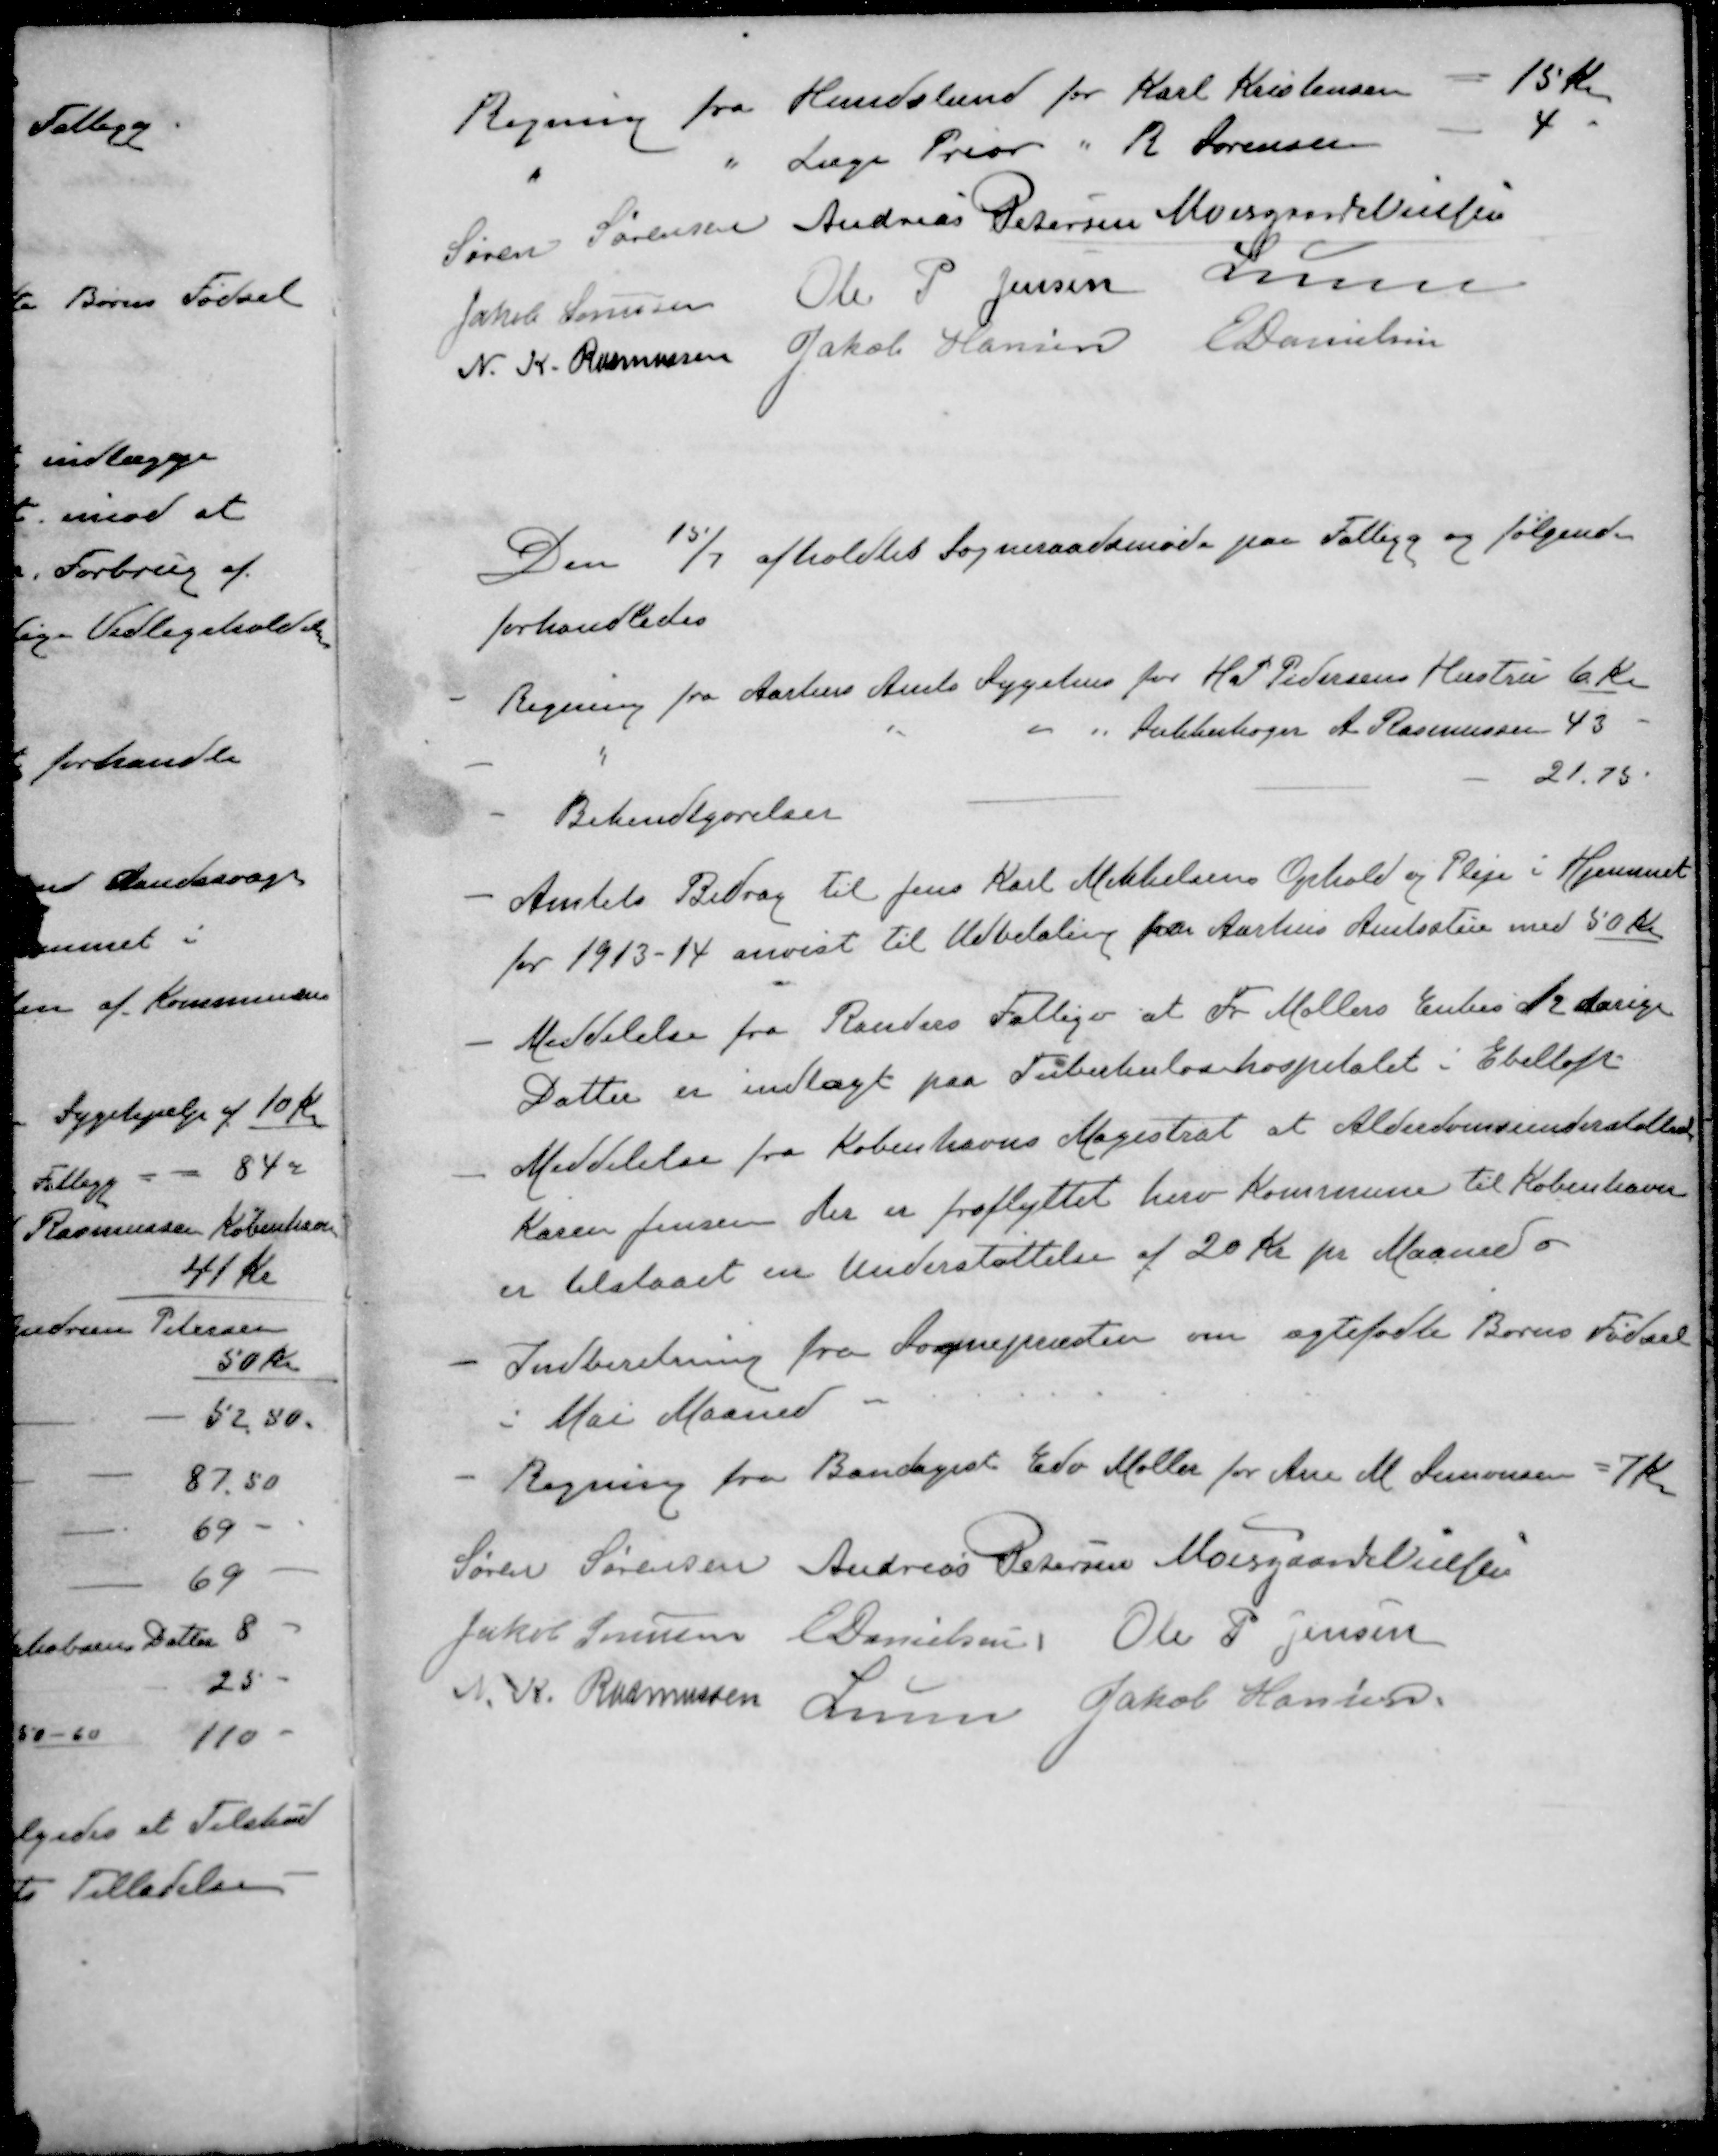
Transskription:
Regning fra Hundslund for Karl Kristensen 15 Kr.
" " Læge Prior " R. Sørensen 4
Søren Sørensen
Andreas Petersen
Moesgaard Nielsen
Jakob Sørensen
Ole P Jensen
Lunn
N. K. Rasmussen
Jakob Hansen
E Danielsen
Den 15/2 afholdtes Sogneraadsmøde paa Fattigg og følgende
forhandledes
- Regning fra Aarhus Amts Sygehus for H. P Pedersens Hustru 6 Kr
- " " " " " Sukkerbager A. Rasmussen 43
21.75
Bekendtgørelser
- Amtets Bidrag til Jens Karl Mikkelsens Ophold og Pleje i Hjemmet
for 1913-14 anvist til Udbetaling fra Aarhus Amtsstue med 50 Kr
- Meddelelse fra Randers Fattigv at Fr. Møllers Enkes 12 aarige
Datter er indlagt paa Tuberkulosehospitalet i Ebeltoft
- Meddelelse fra Københavns Magistrat at Alderdomsunderstøttede
Karen Jensen der er fraflyttet herv Kommune til København
er tilstaaet en Understøttelse af 20 Kr pr Maaned
- Indberetning fra Sognepræsten om ægtefødte Børns Fødsel
i Mai Maaned
- Regning fra Bandagist Edv Møller for Ane M. Simonsen = 7 Kr
Søren Sørensen
Andreas Petersen
Moesgaard Nielsen
Jakob Sørensen
E Danielsen
Ole P Jensen
N. K. Rasmussen
Lunn
Jakob Hansen